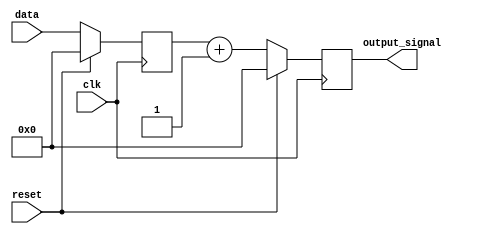
module synchronous_reset_example (
    input wire clk,         // Clock signal
    input wire reset,       // Synchronous reset signal
    input wire [7:0] data,  // Example data input
    output reg [7:0] output_signal // Example output signal
);

// Internal state variable
reg [7:0] internal_state;

// Always block triggered on the rising edge of the clock
always @(posedge clk) begin
    if (reset) begin
        // Synchronous reset is active
        internal_state <= 8'b0; // Reset internal state
        output_signal <= 8'b0;   // Reset output
    end else begin
        // Normal operation
        internal_state <= data;  // Update internal state with input data
        output_signal <= internal_state + 1; // Example operation: increment internal state
    end
end

endmodule